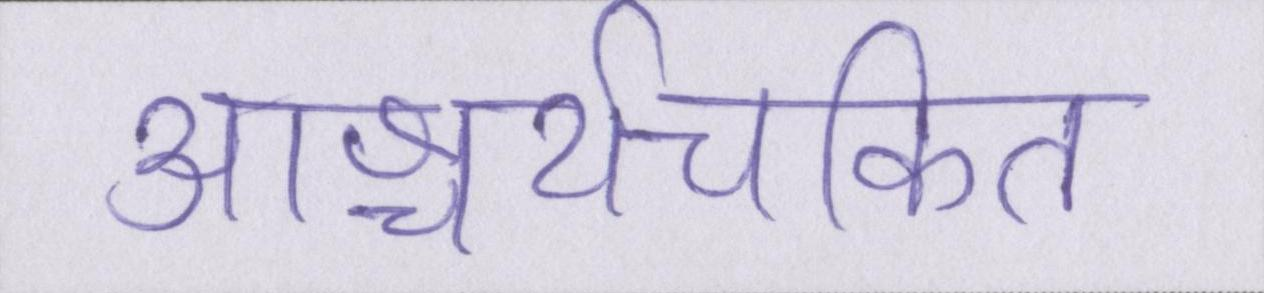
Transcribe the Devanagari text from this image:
आश्चर्यचकित